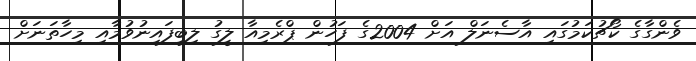
ވެންގާގެ ކޯޗުކަމުގައި އާސެނަލް އަށް 2004ގެ ފަހުން ޕްރެމިއާ ލީގު ލިބިފައިނުވުމާއި މިހާތަނަށް